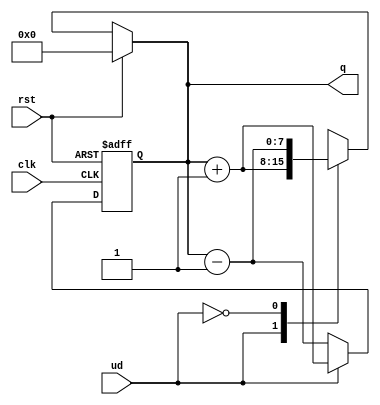
module UpDownCounter(
    input wire clk,     // Clock signal
    input wire rst,     // Asynchronous reset
    input wire ud,      // Up/Down control signal (1 for up, 0 for down)
    output reg [7:0] q  // 8-bit counter output
);

// Asynchronous reset and counting logic
always @(*) begin
    if (rst) begin
        q = 8'b00000000; // Reset output to 0
    end else begin
        case (ud)
            1'b1: begin
                // Count Up
                q = q + 1;
            end
            1'b0: begin
                // Count Down
                q = q - 1;
            end
            default: begin
                // No change; hold current state
                q = q;
            end
        endcase
    end
end

// Synchronous operation on rising edge of clock
always @(posedge clk or posedge rst) begin
    if (rst) begin
        q <= 8'b00000000; // Reset counter to 0 on RST
    end else begin
        // Update counter value based on Up/Down control
        if(ud) begin
            q <= q + 1; // Count Up
        end else begin
            q <= q - 1; // Count Down
        end
    end
end

endmodule